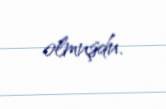
olmuşdu.